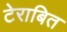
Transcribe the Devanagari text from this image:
टेराबित